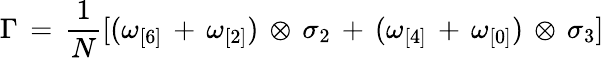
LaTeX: \Gamma\, =\, \frac{1}{N}[(\omega_{[6]}\, +\, \omega_{[2]})\, \otimes\, \sigma_{2}\, +\, (\omega_{[4]}\, +\, \omega_{[0]})\, \otimes\, \sigma_{3}]